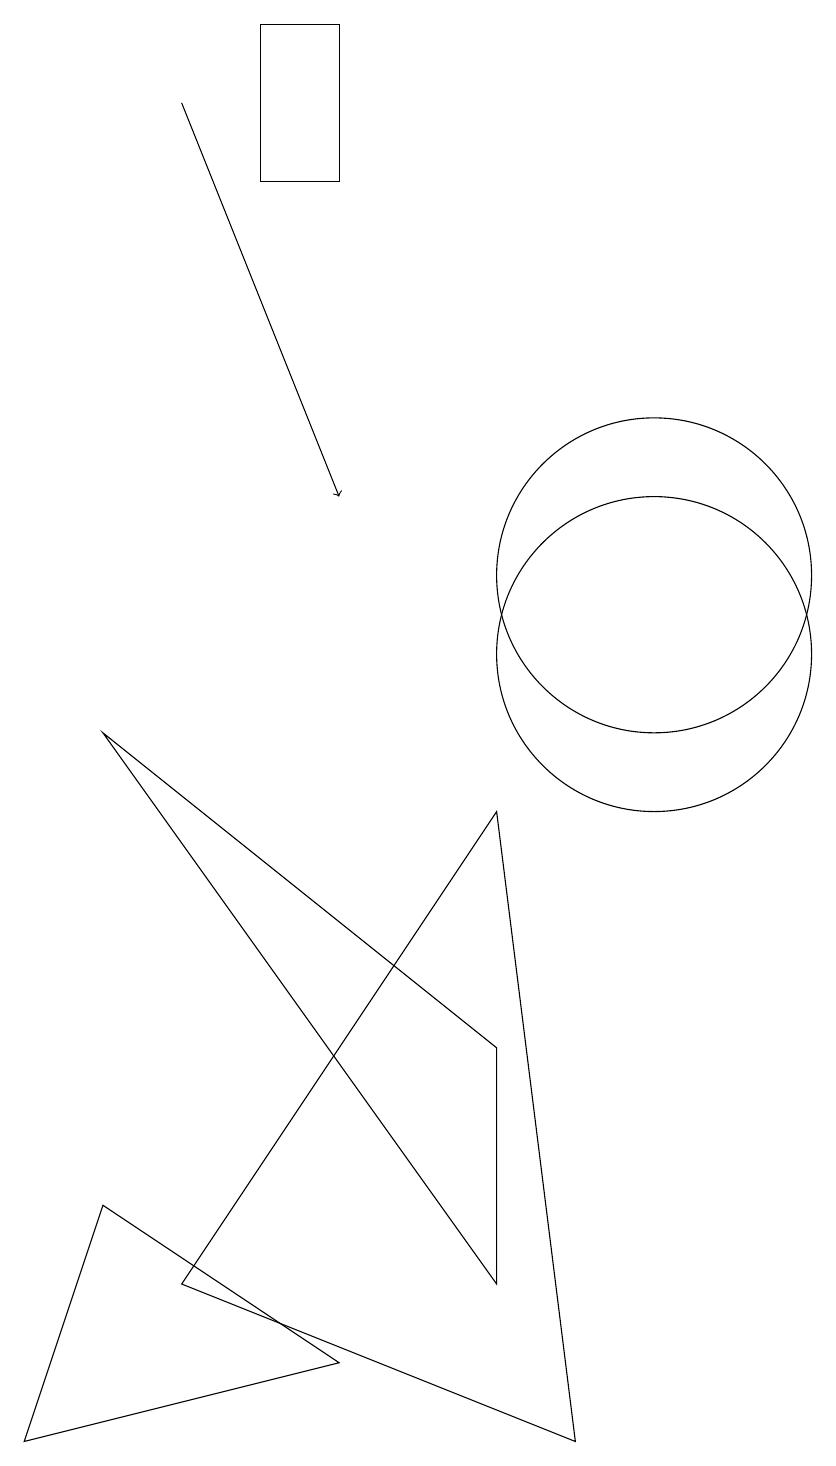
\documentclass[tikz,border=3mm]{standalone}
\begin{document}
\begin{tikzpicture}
\draw[->] (4,17) -- (6,12);
\draw (10,10) circle (2);
\draw (6,1) -- (2,0) -- (3,3) -- cycle;
\draw (10,11) circle (2);
\draw (8,8) -- (9,0) -- (4,2) -- cycle;
\draw (5,16) rectangle (6,18);
\draw (8,2) -- (8,5) -- (3,9) -- cycle;
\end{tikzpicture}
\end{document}